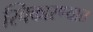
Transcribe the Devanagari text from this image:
स्विकारण्यात